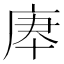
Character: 𢈰